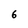
Character: 6